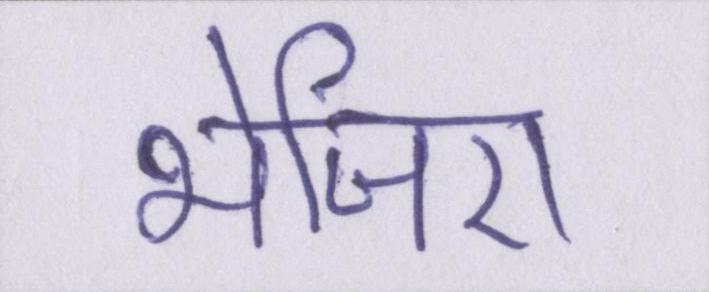
भेजिए